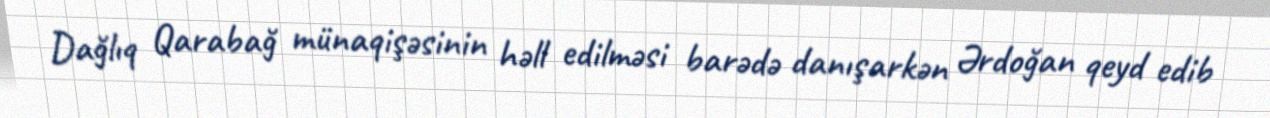
Dağlıq Qarabağ münaqişəsinin həll edilməsi barədə danışarkən Ərdoğan qeyd edib